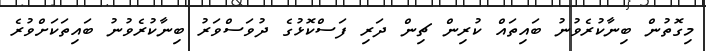
މިގޮތުން ބިނާކުރެވުނު ބައިތައް ކުރިން ޗިން ދަރި ފަސްކޮޅުގެ ދުވަސްވަރު ބިނާކުރެވުނު ބައިތަކަށްވުރެ